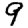
Digit: 9